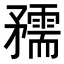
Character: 𥎘